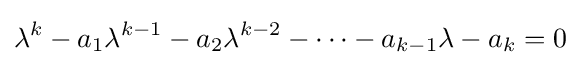
\lambda ^{k}-a_{1}\lambda ^{k-1}-a_{2}\lambda ^{k-2}-\cdots -a_{k-1}\lambda -a_{k}=0